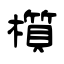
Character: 櫍